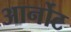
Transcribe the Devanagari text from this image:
आर्नोट